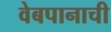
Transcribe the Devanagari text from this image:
वेबपानाची